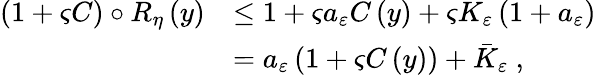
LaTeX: \begin{array}{rl}{\left(1+\varsigma C\right)\circ R_{\eta}\left(y\right)}&{\leq 1+\varsigma a_{\varepsilon}C\left(y\right)+\varsigma K_{\varepsilon}\left(1+a_{\varepsilon}\right)}\\ &{=a_{\varepsilon}\left(1+\varsigma C\left(y\right)\right)+\bar{K}_{\varepsilon}\ ,}\end{array}